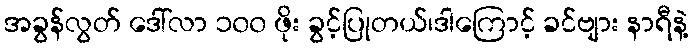
အခွန်လွတ် ဒေါ်လာ ၁၀၀ ဖိုး ခွင့်ပြုတယ်၊ဒါကြောင့် ခင်ဗျား နာရီနဲ့